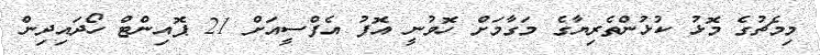
މިމެޗުގެ މޮޅު ކުޅުންތެރިޔާގެ މަގާމަށް ހޮވުނީ އޮފު އެފްސީއަށް 21 ޕޮއިންޓް ހޯދައިދިން